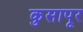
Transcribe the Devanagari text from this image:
कुसापूर